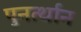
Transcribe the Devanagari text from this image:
पुनर्त्थान